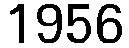
1956